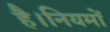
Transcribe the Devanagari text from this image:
है।नियमों